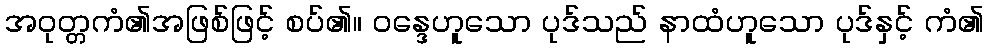
အဝုတ္တကံ၏အဖြစ်ဖြင့် စပ်၏။ ဝန္ဒေဟူသော ပုဒ်သည် နာထံဟူသော ပုဒ်နှင့် ကံ၏